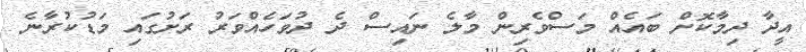
އީދާ ދިމާކޮށް ބައެއް މަސްވެރިން މާލެ ނައިސް ދެ ދުވަހެއްވަރު ރަށުގައި މަޑުކުރާނެ